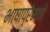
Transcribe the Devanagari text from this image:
भाषाप्रेमाचे